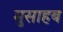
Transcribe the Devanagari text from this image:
मुसाहब